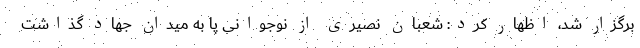
برگزار شد، اظهار کرد: شعبان نصیری از نوجوانی پا به میدان جهاد گذاشت